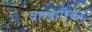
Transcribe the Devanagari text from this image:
वाखारिकर